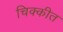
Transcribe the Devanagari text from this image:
चिक्कीत